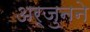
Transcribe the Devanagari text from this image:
अर्जुनने